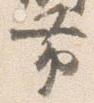
帯